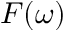
F ( \omega )